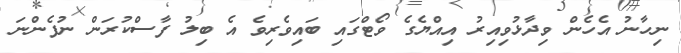
ނިހާނު އެހެން ވިދާޅުވިއިރު އިއްޔެގެ ވޯޓްގައި ބައިވެރިވެ އެ ބިލު ފާސްކުރަން ނުފެންނަ